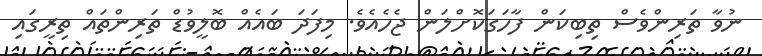
ނުވާ ތަރިންވެސް ތިބިކަން ފާހަގަކޮށްލަން ޖެހެއެވެ. މިފަދަ ބައެއް ބޮލީވުޑް ތަރިންތައް ތިރީގައި